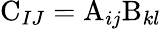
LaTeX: \mathrm{C}_{IJ}=\mathrm{A}_{ij}\mathrm{B}_{kl}